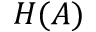
H ( A )